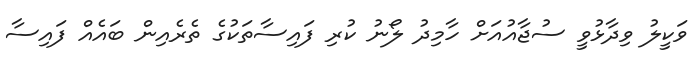
ވަކީލު ވިދާޅުވީ ސުޖާއުއަށް ހާމިދު ލޯނު ކުރި ފައިސާތަކުގެ ތެރެއިން ބައެއް ފައިސާ